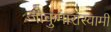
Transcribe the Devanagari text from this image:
जोकुमारास्वामी